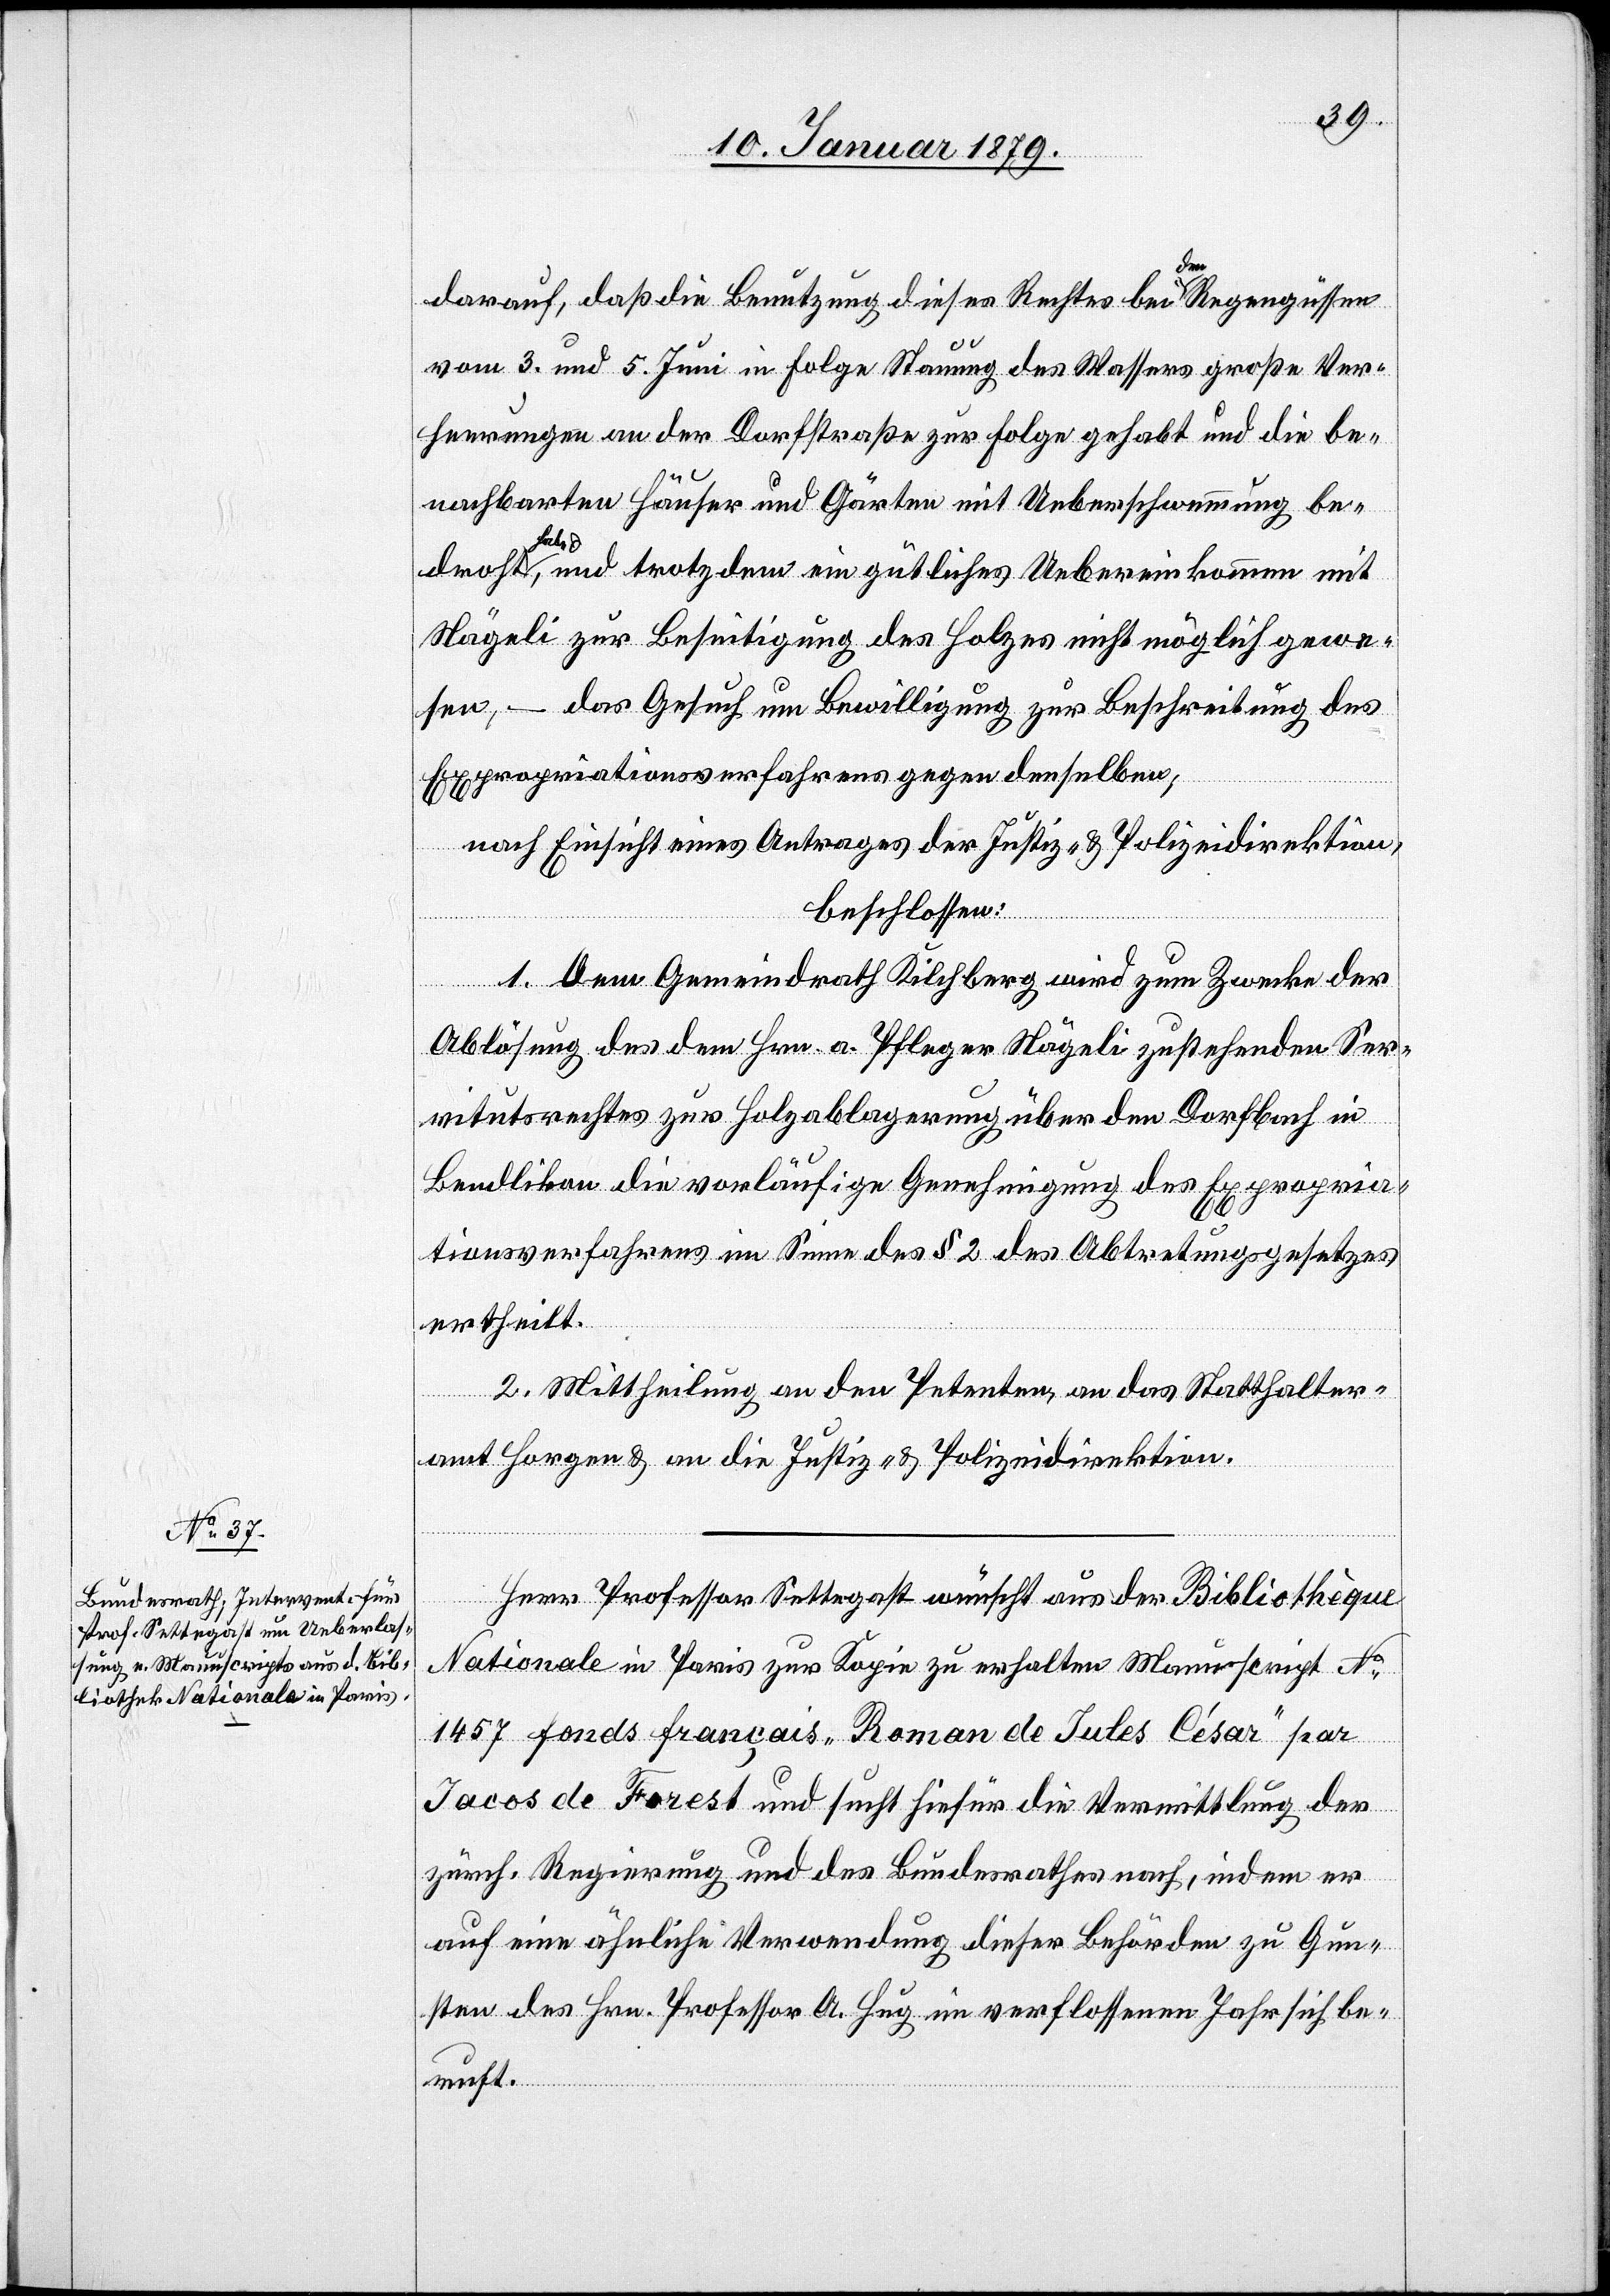
darauf, daß die Benutzung dieses Rechtes bei a-den-a Regengüssen
vom 3. und 5. Juni in Folge Stauung des Wassers große Ver¬
heerungen an der Dorfstraße zur Folge gehabt und die be¬
nachbarten Häuser und Gärten mit Ueberschwemmung be¬
a-hab¬
e-a, und trotzdem ein gütliches Uebereinkommen mit
Nägeli zur Beseitigung des Holzes nicht möglich gewe¬
sen, – das Gesuch um Bewilligung zur Beschreitung des
Expropriationsverfahrens gegen denselben,
nach Einsicht eines Antrages der Justiz- & Polizeidirektion,
beschlossen:
1. Dem Gemeindrath Kilchberg wird zum Zwecke der
Ablösung des dem Hrn. a. Pfleger Nägeli zustehenden Ser¬
vitutsrechtes zur Holzablagerung über den Dorfbach in
Bendlikon die vorläufige Genehmigung des Expropria¬
tionsverfahrens in Sinne des § 2 des Abtretungsgesetzes
ertheilt.
2. Mittheilung an den Petenten, an das Statthalter¬
amt Horgen & an die Justiz- & Polizeidirektion.
Herr Professor Settegast wünscht aus der Bibliothèque
Nationale in Paris zur Kopie zu erhalten Manuscript No
1457 fonds français „Roman de Jules César“ par
Jacos de Forest und sucht hiefür die Vermittlung der
zürch. Regierung und des Bundesrathes nach, indem er
auf eine ähnliche Verwendung dieser Behörden zu Gun¬
sten des Hrn. Professor A. Hug im verflossenen Jahr sich be¬
ruft.